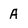
Character: A